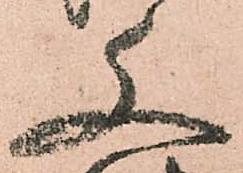
文